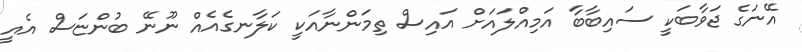
އޭނަގެ ޖަވާބަކީ ސައިބާބާ އަމިއްލައަށް އައިސް ތިމަންނާއަކީ ކަލާނގެއެއް ނޫނޭ ބުންޏަސް އެއީ